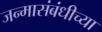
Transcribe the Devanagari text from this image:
जन्मासंबंधीच्या